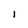
Character: I